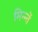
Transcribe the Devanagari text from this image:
मिन्न्तें